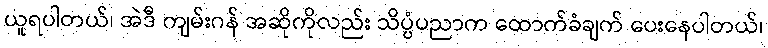
ယူရပါတယ်၊ အဲဒီ ကျမ်းဂန် အဆိုကိုလည်း သိပ္ပံပညာက ထောက်ခံချက် ပေးနေပါတယ်၊